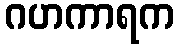
ဂဟကာရက